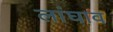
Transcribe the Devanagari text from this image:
लांघाव